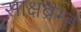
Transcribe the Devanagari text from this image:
साक्षब्रम्ह